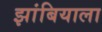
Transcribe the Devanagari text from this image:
झांबियाला